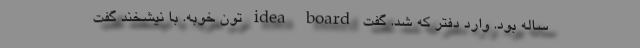
ساله بود. وارد دفتر که شد. گفت idea board تون خوبه. با نیشخند گفت